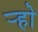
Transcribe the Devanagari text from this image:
र्‍हो